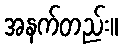
အနက်တည်း။